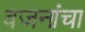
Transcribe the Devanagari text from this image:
वजनांचा